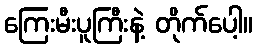
ကြေးမီးပူကြီးနဲ့ တိုက်ပေါ့။